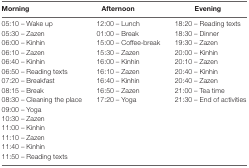
| Morning | Afternoon | Evening |
 | --- | --- | --- |
 | 05:10 – Wake up | 12:00 – Lunch | 18:20 – Reading texts |
 | 05:30 – Zazen | 01:00 – Break | 18:30 – Dinner |
 | 06:00 – Kinhin | 15:00 – Coffee-break | 19:30 – Zazen |
 | 06:10 – Zazen | 15:30 – Zazen | 20:00 – Kinhin |
 | 06:40 – Kinhin | 16:00 – Kinhin | 20:10 – Zazen |
 | 06:50 – Reading texts | 16:10 – Zazen | 20:40 – Kinhin |
 | 07:20 – Breakfast | 16:40 – Kinhin | 20:40 – Zazen |
 | 08:15 – Break | 16:50 – Zazen | 21:00 – Tea time |
 | 08:30 – Cleaning the place | 17:20 – Yoga | 21:30 – End of activities |
 | 09:00 – Yoga |  |  |
 | 10:30 – Zazen |  |  |
 | 11:00 – Kinhin |  |  |
 | 11:10 – Zazen |  |  |
 | 11:40 – Kinhin |  |  |
 | 11:50 – Reading texts |  |  |